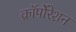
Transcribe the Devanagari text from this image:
क़ाॅर्पोरेशन